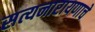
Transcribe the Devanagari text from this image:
सत्यनारायणाचे